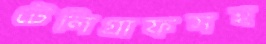
টেলিগ্রাফসহ